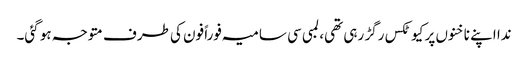
ندا اپنے ناخنوں پر کیوٹکس رگڑ رہی تھی، لمبی سی سامیہ فوراً فون کی طرف متوجہ ہو گئی۔